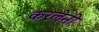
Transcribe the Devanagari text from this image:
करलेनी